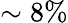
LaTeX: \sim 8\%